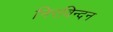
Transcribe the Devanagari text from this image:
निरविन्दन